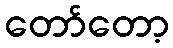
တော်တော့